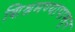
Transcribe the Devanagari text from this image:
शिश्नमण्यापासून